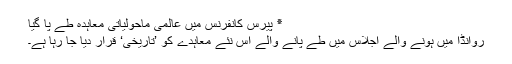
٭ پیرس کانفرنس میں عالمی ماحولیاتی معاہدہ طے پا گیا
روانڈا میں ہونے والے اجلاس میں طے پانے والے اس نئے معاہدے کو ’تاریخی‘ قرار دیا جا رہا ہے۔